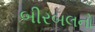
બીરબલનો